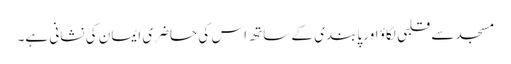
مسجد سے قلبی لگاؤ اور پابندی کے ساتھ اس کی حاضری ایمان کی نشانی ہے۔